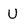
Character: U